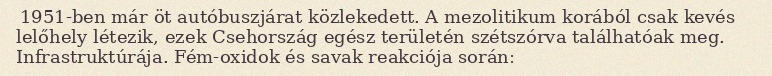
1951-ben már öt autóbuszjárat közlekedett. A mezolitikum korából csak kevés lelőhely létezik, ezek Csehország egész területén szétszórva találhatóak meg. Infrastruktúrája. Fém-oxidok és savak reakciója során: